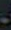
.